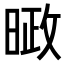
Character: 𪰱